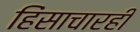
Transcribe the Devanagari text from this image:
हिंसाचारही